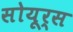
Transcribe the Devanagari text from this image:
सोयूर्स